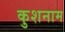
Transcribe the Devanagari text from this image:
कुशनाम